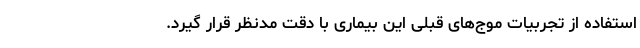
استفاده از تجربیات موج‌های قبلی این بیماری با دقت مدنظر قرار گیرد.